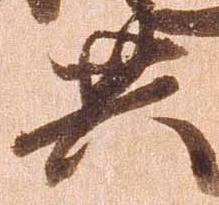
共